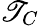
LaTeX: \mathscr{T}_{C}